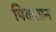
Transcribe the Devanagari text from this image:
पिकतान